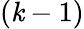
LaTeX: (\mathit{k}-1)